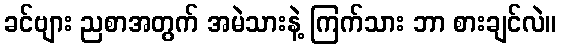
ခင်ဗျား ညစာအတွက် အမဲသားနဲ့ ကြက်သား ဘာ စားချင်လဲ။